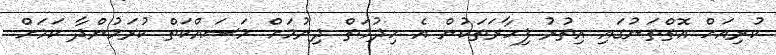
ކުރިއަށް އޮތްތަނުގައި އިތުރު ފިހާރަތަކުން އެ ހިދުމަތް ދިނުމަށް މަސައްކަތް ކުރަމުންދާ ކަމަށް